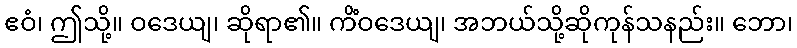
ဧဝံ၊ ဤသို့။ ဝဒေယျ၊ ဆိုရာ၏။ ကိံဝဒေယျ၊ အဘယ်သို့ဆိုကုန်သနည်း။ ဘော၊